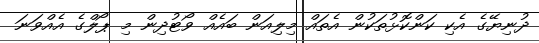
ދުނިޔޭގެ އެކި ކަންކޮޅުތަކުން އެތައް މިލިއަން ބައެއް ވޯޓުދިން މި ޕޯލްގެ އެއްވަނަ